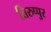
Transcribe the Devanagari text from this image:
तिरुप्पुर